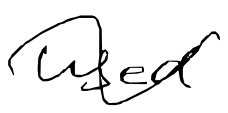
Text: used
Cross-out: wave
Writing tool: digital_black